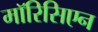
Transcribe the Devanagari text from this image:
मॉरिसिएन